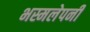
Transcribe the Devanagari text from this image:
भस्मलेपनी